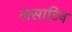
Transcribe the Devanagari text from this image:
लसाटिन